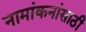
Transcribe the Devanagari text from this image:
नामांकनांसाठी